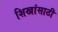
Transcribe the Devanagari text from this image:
शिखांसाठी